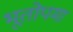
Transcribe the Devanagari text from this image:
भूतोपमा